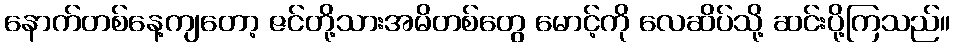
နောက်တစ်နေ့ကျတော့ ဇင်တို့သားအမိတစ်တွေ မောင့်ကို လေဆိပ်သို့ ဆင်းပို့ကြသည်။